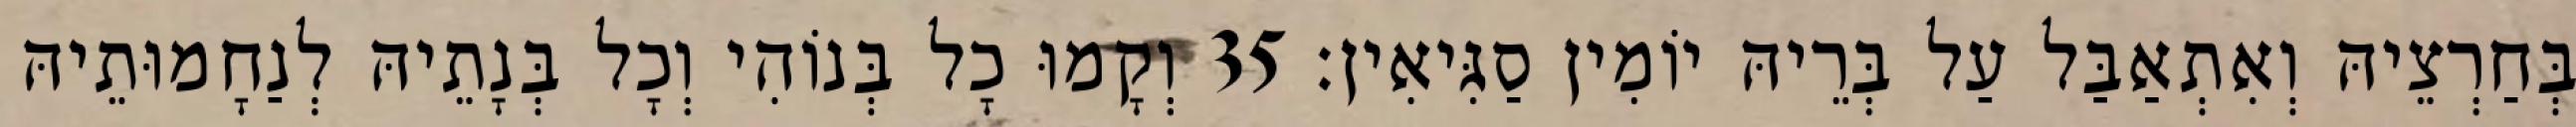
בְּחַרְצֵיהּ וְאִתְאַבַּל עַל בְּרֵיהּ יוֹמִין סַגִּיאִין׃ 35 וְקָמוּ כָל בְּנוֹהִי וְכָל בְּנָתֵיהּ לְנַחָמוּתֵיהּ